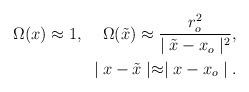
LaTeX: \begin{align*}\Omega(x)\approx1 ,\;\;\;\;\Omega(\tilde{x})\approx{r^2_o\over\mid\tilde{x}-x_o\mid^2},\\\,\,\, \mid x-\tilde{x}\mid\approx\mid x-x_o\mid.\end{align*}